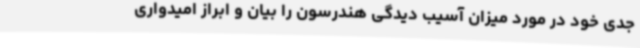
جدی خود در مورد میزان آسیب دیدگی هندرسون را بیان و ابراز امیدواری